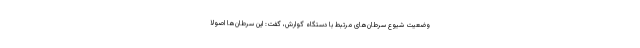
وضعیت شیوع سرطان‌های مرتبط با دستگاه گوارش، گفت: این سرطان‌ها اصولا